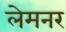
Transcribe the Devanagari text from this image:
लेमनर